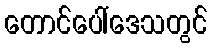
တောင်ပေါ်ဒေသတွင်